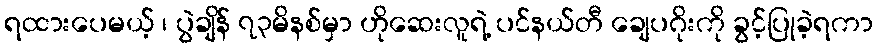
ရထားပေမယ့် ၊ ပွဲချိန် ၇၃မိနစ်မှာ ဟိုဆေးလူရဲ့ ပင်နယ်တီ ချေပဂိုးကို ခွင့်ပြုခဲ့ရကာ